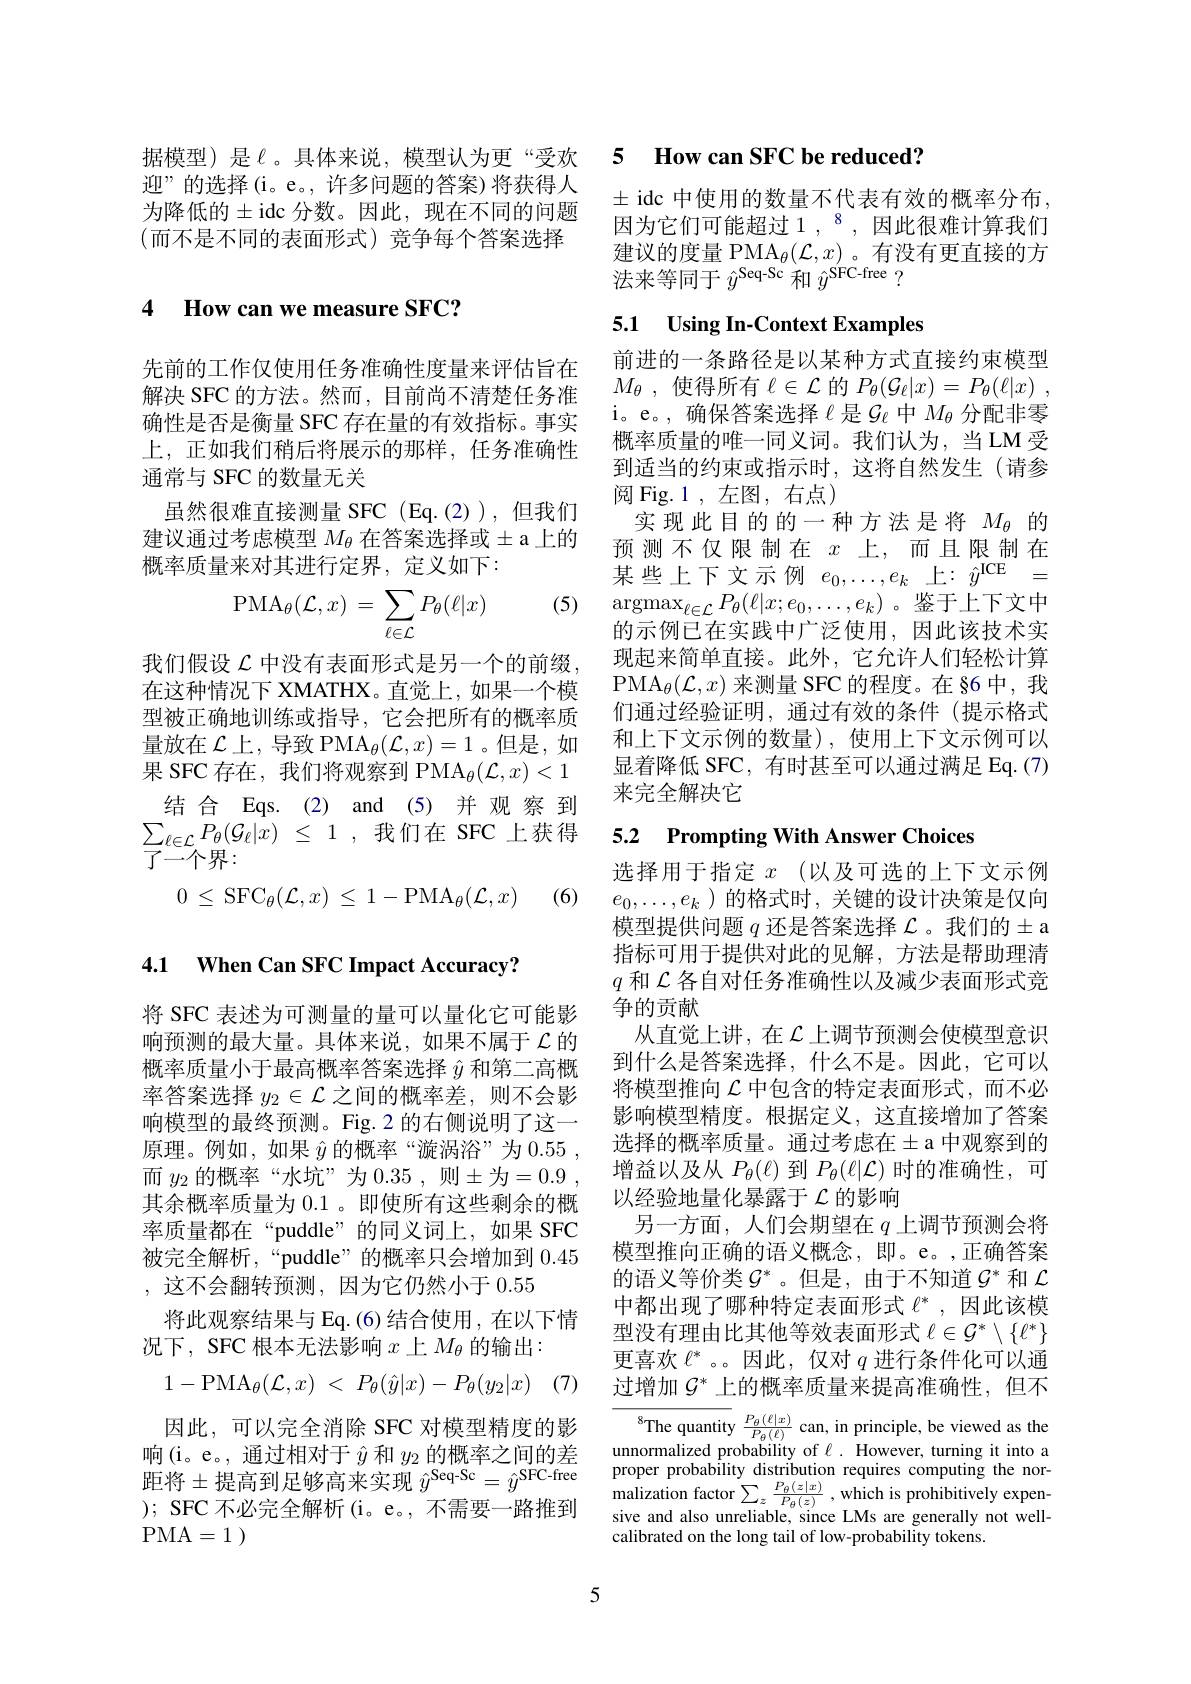
迎”的选择(i。e。, 许多问题的答案)将获得人为降低的$\pm$idc 分数。因此，现在不同的问题$$($而不是不同的表面形式)竞争每个答案选择$

4 How can we measure SFC?

先前的工作仅使用任务准确性度量来评估旨在解决 SFC 的方法。然而，目前尚不清楚任务准确性是否是衡量 SFC 存在量的有效指标。事实上，正如我们稍后将展示的那样，任务准确性通常与 SFC 的数量无关
虽然很难直接测量 SFC (Eq.(2)),但我们建议通过考虑模型 $M_\theta$ 在答案选择或$\pm$ a 上的概率质量来对其进行定界，定义如下：
$$\mathrm{PMA}_\theta(\mathcal{L},x)=\sum_{\ell\in\mathcal{L}}P_\theta(\ell|x)$$
我们假设$\mathcal{L}$中没有表面形式是另一个的前缀， 在这种情况下 XMATHX。直觉上，如果一个模型被正确地训练或指导，它会把所有的概率质量放在$\mathcal{L} \text{上 , 导 致 PMA}_\theta ( \mathcal{L} , x) = 1$ 。但是，如果 SFC 存在，我们将观察到 PMA$_\theta(\mathcal{L},x)<1$ 结合 Eqs.(2) and (5)并观 察到
$\sum _{l\in \mathcal{L} }P_\theta ( \mathcal{G} _\ell | x)$ $\leq$ 1 ,我们在 SFC 上获得 5.2 Prompting With Answer Choices
$\overline{{\overline{J}}}^{x\subset\tilde{}}$个界：
$$0\:\le\:\mathrm{SFC}_\theta(\mathcal{L},x)\:\le\:1-\mathrm{PMA}_\theta(\mathcal{L},x)$$
(6)

4.1 $\textbf{When Can SFC Impact Accuracy? }$

将 SFC 表述为可测量的量可以量化它可能影响预测的最大量。具体来说，如果不属于$\mathcal{L}$的概率质量小于最高概率答案选择$\hat{y}$和第二高概率答案选择$y_2\in\mathcal{L}$之间的概率差，则不会影响模型的最终预测。Fig.2 的右侧说明了这一原理。例如，如果$\hat{y}$的概率“漩涡浴”为0.55, 而 $y_{2}$ 的概率“水坑”为 0.35, 则$\pm$为=0.9, 其余概率质量为 0.1 。即使所有这些剩余的概率质量都在“puddle”的同义词上，如果 SFC 被完全解析，“puddle”的概率只会增加到0.45 , 这不会翻转预测，因为它仍然小于 0.55
将此观察结果与 Eq. (6) 结合使用，在以下情
况下，SFC 根本无法影响$x$上$M_\theta$的输出：
$$1-\mathrm{PMA}_\theta(\mathcal{L},x)\:<\:P_\theta(\hat{y}|x)-P_\theta(y_2|x)$$
因此，可以完全消除 SFC 对模型精度的影响(i。e。, 通过相对于$\hat{y}$和$y_{2}$的概率之间的差响 ( 1。e。, 迪 辽 阳 对 」 $y$ 和 $y_2$ 的 依 率 之 间 的 左 距 将 $\pm$提 高 到 足 够 高 来 实 现 $y^{\mathrm{Seq- Sc}}= \hat{y} ^{\mathrm{SFC- free}}$ proper probability distribution requires computing the nor- malization factor$\sum \frac {P_\theta ( z| x) }{P_\theta ( z) }$,which is prohibitivelv expen-
); SFC 不必完全解析(i。e。, 不需要一路推到
PMA=1 )

## 据模型)是$\ell$。具体来说，模型认为更“受欢 5 How can SFC be reduced?

$\pm$ idc 中使用的数量不代表有效的概率分布， 因为它们可能超过 1 ,$^{8}$ ,因此很难计算我们建议的度量 PMA$_\theta(\mathcal{L},x)$。有没有更直接的方法来等同于$\hat{y}^\mathrm{Seq-Sc}$和$\hat{y}^\mathrm{SFC-free}$ ?

# 5.1 Using In-Context Examples

前进的一条路径是以某种方式直接约束模型$M_{\theta }$ , 使得所有$\ell\in\mathcal{L}$的$P_\theta ( \mathcal{G} _\ell | x) = P_\theta ( \ell | x)$ , i。e。,确保答案选择$\ell$ 是$\mathcal{G}_\ell$ 中$M_\theta$分配非零概率质量的唯一同义词。我们认为，当LM受到适当的约束或指示时，这将自然发生(请参阅 Fig.1 , 左图，右点)
实现此目的的一种方法是将$M_\mathrm{\theta}$的预测不仅限制在$x$上，而且限制在某些上下文示例$e_0,\ldots,e_k$上$:\hat{y}^\mathrm{ICE}=$
(5) $\operatorname { argmax} _{\ell \in \mathcal{L} }P_\theta ( \ell | x; e_0, \ldots , e_k)$。鉴于上下文中
的示例已在实践中广泛使用，因此该技术实现起来简单直接。此外，它允许人们轻松计算PMA$_\theta(\mathcal{L},x)$来测量 SFC 的程度。在 §6 中，我们通过经验证明，通过有效的条件(提示格式和上下文示例的数量),使用上下文示例可以显着降低 SFC, 有时甚至可以通过满足 Eq. (7) 来完全解决它

选择用于指定 $x$ (以及可选的上下文示例$e_0,\ldots,e_k$ )的格式时，关键的设计决策是仅向模型提供问题$q$还是答案选择$\mathcal{L}$ 。我们的$\pm$ a 指标可用于提供对此的见解，方法是帮助理清$q$和$\mathcal{L}$各自对任务准确性以及减少表面形式竞争的贡献
从直觉上讲，在$\mathcal{L}$上调节预测会使模型意识到什么是答案选择，什么不是。因此，它可以将模型推向$\mathcal{L}$中包含的特定表面形式，而不必影响模型精度。根据定义，这直接增加了答案选择的概率质量。通过考虑在$\pm$a 中观察到的增益以及从$P_\theta(\ell)$到$P_\theta(\ell|\mathcal{L})$时的准确性，可以经验地量化暴露于$\mathcal{L}$的影响
另一方面，人们会期望在$q$上调节预测会将模型推向正确的语义概念，即。e。,正确答案的语义等价类$\mathcal{G}^*$。但是，由于不知道$\mathcal{G}^*$ 和 $\mathcal{L}$ 中都出现了哪种特定表面形式$\ell^*$,因此该模型没有理由比其他等效表面形式$\ell\in\mathcal{G}^*\setminus\{\ell^*\}$ 更 喜 欢 $\ell ^*$。。因 此 , 仅 对 $q$ 进 行 条 件 化 可 以 通 过 增 加 $\mathcal{G} ^*$ 上 的 概 率 质 量 来 提 高 准 确 性 , 但 不

$^{8}$The quantity $\frac{P_\theta(\ell|x)}{P_\theta(\ell)}$ can, in principle, be viewed as the unnormalized probability of $\ell.$ However, turning it into a malization factor $\sum _z\frac {P_{\theta }( z| x) }{P_{\theta }( z) }$ , which is prohibitively expensive and also unreliable, since LMs are generally not wellcalibrated on the long tail of low-probability tokens.

5